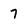
Character: 7